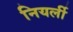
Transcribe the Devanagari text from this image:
नियर्ली